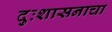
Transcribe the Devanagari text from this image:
दुःशासनाचा